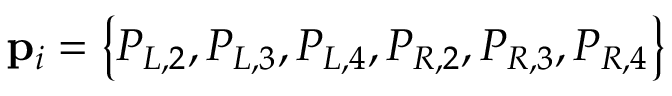
\mathbf { p } _ { i } = \left\{ P _ { L , 2 } , P _ { L , 3 } , P _ { L , 4 } , P _ { R , 2 } , P _ { R , 3 } , P _ { R , 4 } \right\}